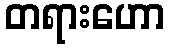
တရားဟော